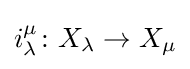
i_{\lambda }^{\mu }\colon X_{\lambda }\to X_{\mu }